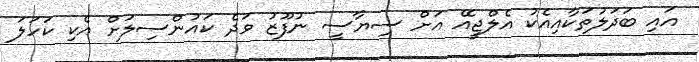
އައި ބަދަލުތަކާއިއެކު އެލްޖީއޭ އަށް ސިޔާސީ ނުފޫޒު ވަދެ ކައުންސިލަށް އެކި ކަހަލަ